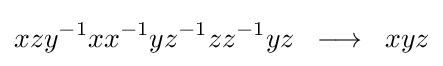
xzy^{-1}xx^{-1}yz^{-1}zz^{-1}yz\;\;\longrightarrow \;\;xyz